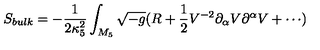
S _ { b u l k } = - \frac { 1 } { 2 \kappa _ { 5 } ^ { 2 } } \int _ { M _ { 5 } } { \sqrt { - g } ( R + \frac { 1 } { 2 } V ^ { - 2 } \partial _ { \alpha } V \partial ^ { \alpha } V + \cdots ) }